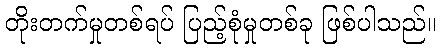
တိုးတက်မှုတစ်ရပ် ပြည့်စုံမှုတစ်ခု ဖြစ်ပါသည်။